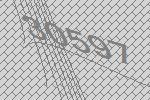
30597